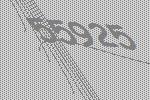
55925